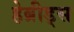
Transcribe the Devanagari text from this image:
हेब्रीड्स